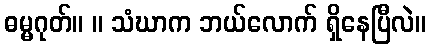
ဓမ္မဂုတ်။ ။ သံဃာက ဘယ်လောက် ရှိနေပြီလဲ။